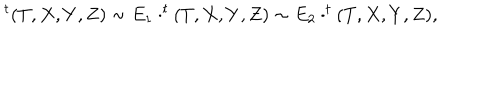
^ { t } ( T , X , Y , Z ) \sim E _ { 1 } \cdot ^ { t } ( T , X , Y , Z ) \sim E _ { 2 } \cdot ^ { t } ( T , X , Y , Z ) ,